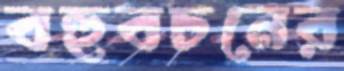
বহুবচনের